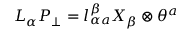
L _ { \alpha } P _ { \perp } = l _ { \alpha a } ^ { \beta } X _ { \beta } \otimes \theta ^ { a }